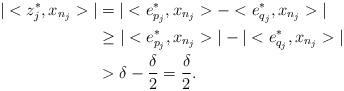
LaTeX: \begin{align*}|<z^{*}_{j},x_{n_{j}}>|&=|<e^{*}_{p_{j}},x_{n_{j}}>-<e^{*}_{q_{j}},x_{n_{j}}>|\\&\geq |<e^{*}_{p_{j}},x_{n_{j}}>|-|<e^{*}_{q_{j}},x_{n_{j}}>|\\&>\delta-\frac{\delta}{2}=\frac{\delta}{2}.\\\end{align*}